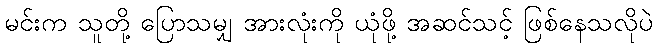
မင်းက သူတို့ ပြောသမျှ အားလုံးကို ယုံဖို့ အဆင်သင့် ဖြစ်နေသလိုပဲ